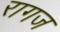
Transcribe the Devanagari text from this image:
रागज